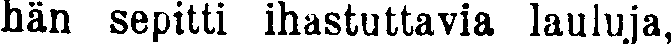
hän sepitti ihastuttavia lauluja,